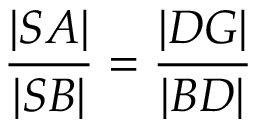
{ \frac { | S A | } { | S B | } } = { \frac { | D G | } { | B D | } }